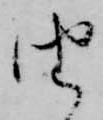
由